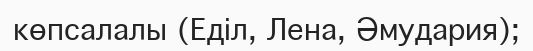
көпсалалы (Еділ, Лена, Әмудария);